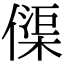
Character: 𠍲